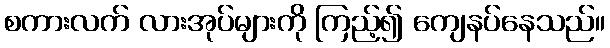
စကားလက် လားအုပ်များကို ကြည့်၍ ကျေနပ်နေသည်။